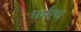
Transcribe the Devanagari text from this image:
धर्मत्थ